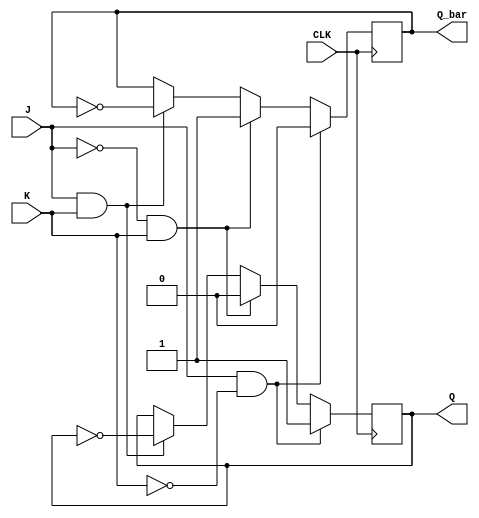
module JK_latch (
    input J,
    input K,
    input CLK,
    output reg Q,
    output reg Q_bar
);

always @(posedge CLK) begin
    if (J && ~K) begin
        Q <= 1;
        Q_bar <= 0;
    end else if (~J && K) begin
        Q <= 0;
        Q_bar <= 1;
    end else if (J && K) begin
        Q <= ~Q;
        Q_bar <= ~Q_bar;
    end
end

endmodule